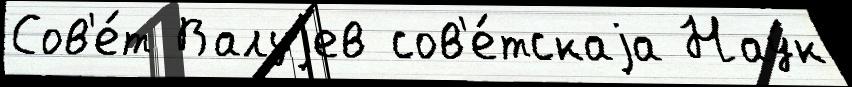
Сов'е́т Валуjев сов'е́тскаjа Нау́к